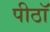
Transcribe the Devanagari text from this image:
पीठॉ